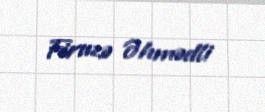
Firuzə Əhmədli